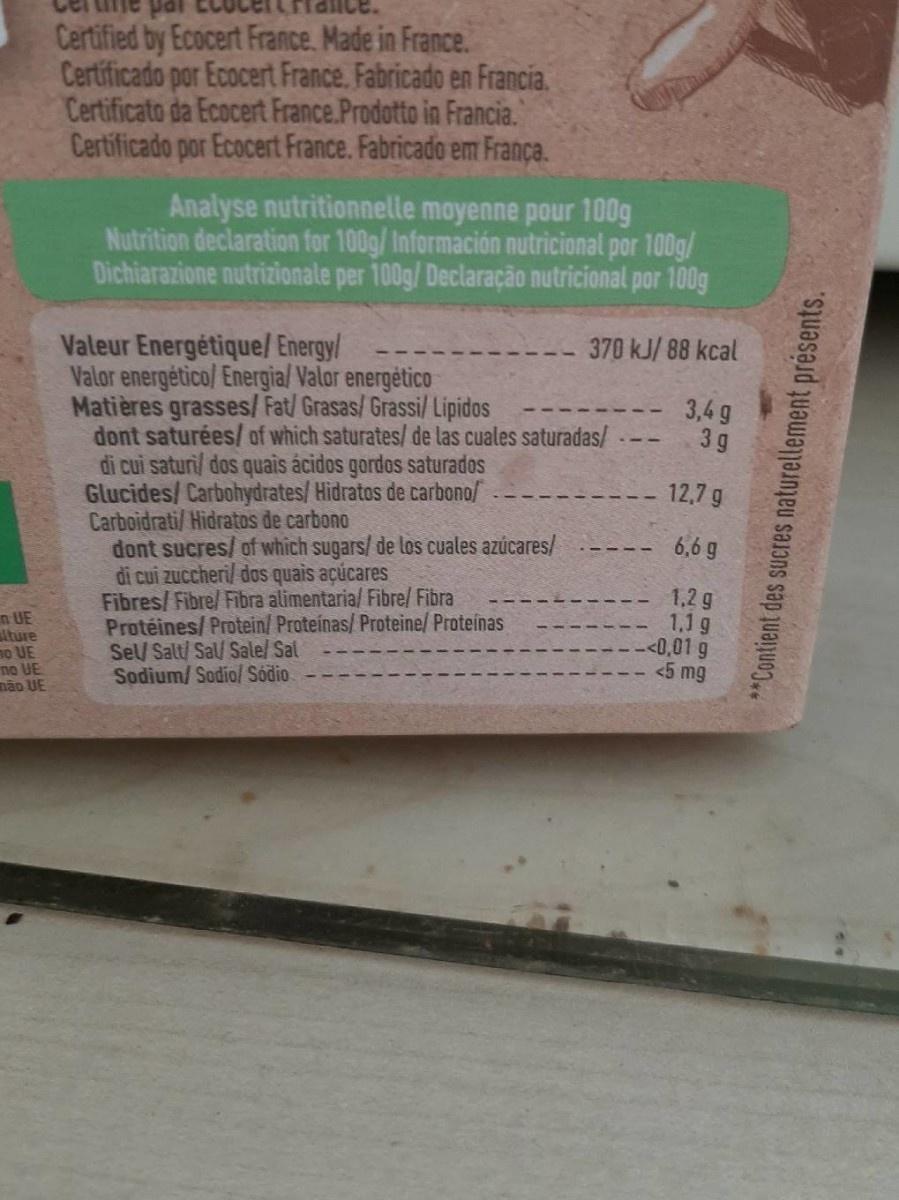
Certified by Ecocert France. Made in France. Certificado por Ecocert France. Fabricado en Francia. Certificato da Ecocert France.Prodotto in Francia. Certificado por Ecocert France. Fabricado em França.
Analyse nutritionnelle moyenne pour 100g Nutrition declaration for 100g/ Información nutricional por 100g/ Dichiarazione nutrizionale per 100g/ Declaração nutricional por 100g
Valeur Energétique/ Energy/ Valor energético/ Energia/ Valor energėtico Matières grasses/ Fat/ Grasas/ Grassi/ Lipidos dont saturées/ of which saturates/ de las cuales saturadas/ di cui saturi/ dos quais ácidos gordos saturados Glucides/ Carbohydrates/ Hidratos de carbono/ Carboidrati/ Hidratos de carbono dont sucres/ of which sugars/ de los cuales azúcares/ di cui zuccheri/ dos quais açúcares Fibres/ Fibre/ Fibra alimentaria/ Fibre/ Fibra Protéines/ Protein/ Proteinas/ Proteine/ Proteínas Sel/ Salt/ Sal/ Sale/ Sal Sodium/ Sodiol Sódio
370 kJ/ 88 kcal
3,4 g 3 g
12,7g
6,6 g
n UE lture no UE no UE não UE
1,2 g 1,1 g <0,01 g <5 mg
** Contient des sucres naturellement présents.